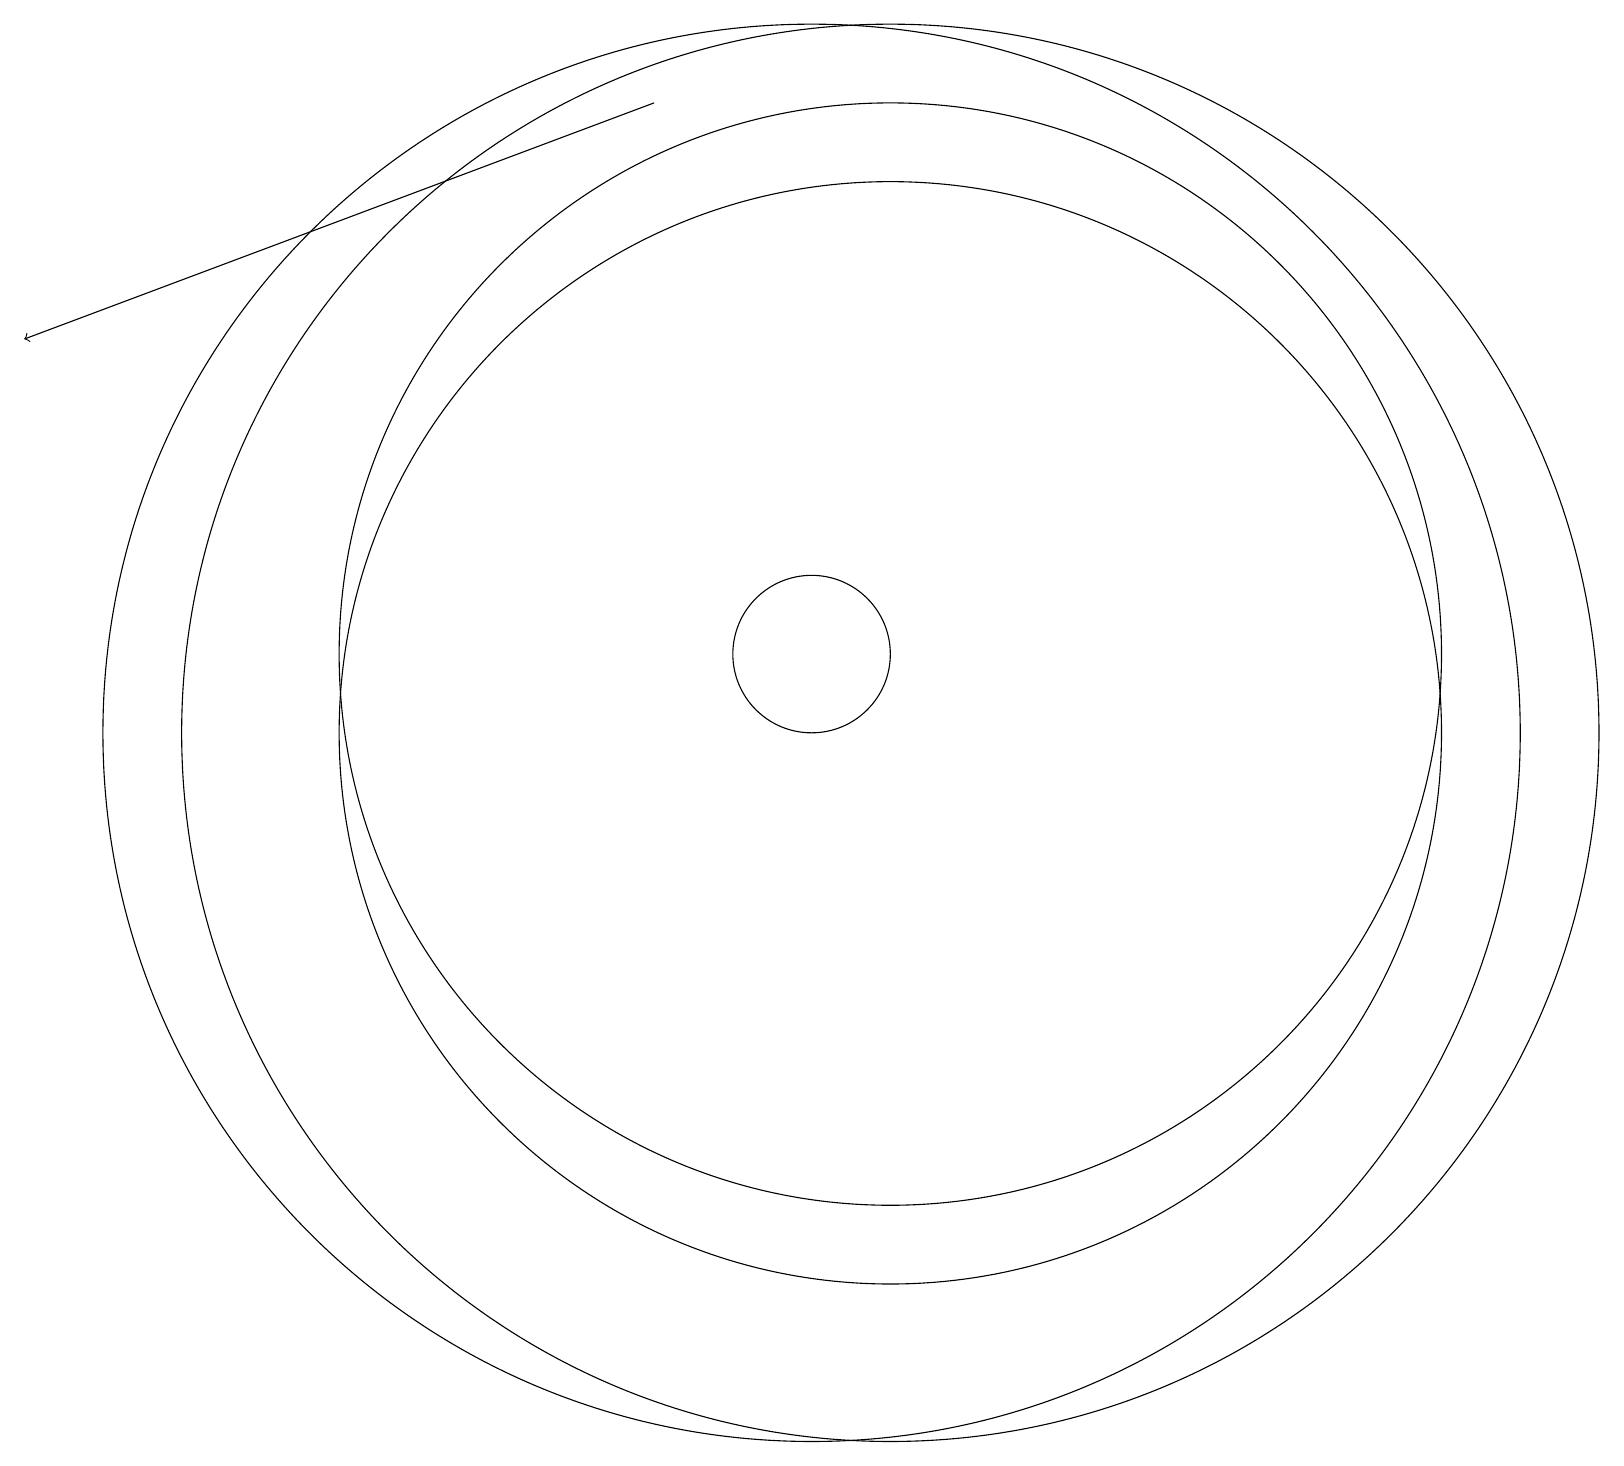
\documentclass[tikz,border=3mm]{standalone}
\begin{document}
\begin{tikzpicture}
\draw (11,10) circle (9);
\draw (11,10) circle (7);
\draw (10,11) circle (1);
\draw (10,10) circle (9);
\draw (10,10) circle (0);
\draw (11,11) circle (7);
\draw[->] (8,18) -- (0,15);
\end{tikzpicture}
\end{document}